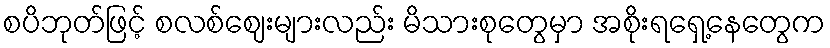
စပိဘုတ်ဖြင့် စလစ်ဈေးများလည်း မိသားစုတွေမှာ အစိုးရရှေ့နေတွေက